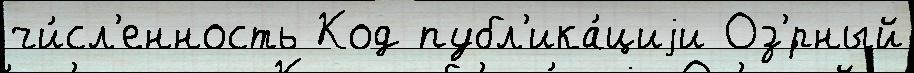
чи́сл'енность Код публ'ика́циjи Оз'́рный